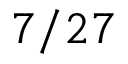
7 / 2 7